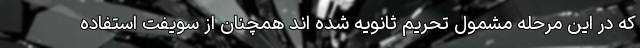
که در این مرحله مشمول تحریم ثانویه شده اند همچنان از سویفت استفاده